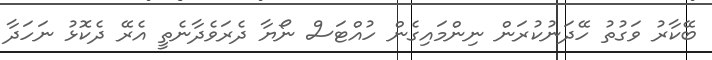
ބޭކާރު ވަގުތު ހޭދަނުކުރަން ނިންމައިގެން ހުއްޓަސް ނޯޔާ ދެރަވެދާނެތީ އެރޭ ދެކޮޅު ނަހަދާ